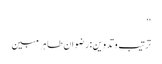
‘‘
ترتیب وتدوین:رضوان طاہر مبین